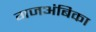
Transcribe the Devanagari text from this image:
गजअंबिका